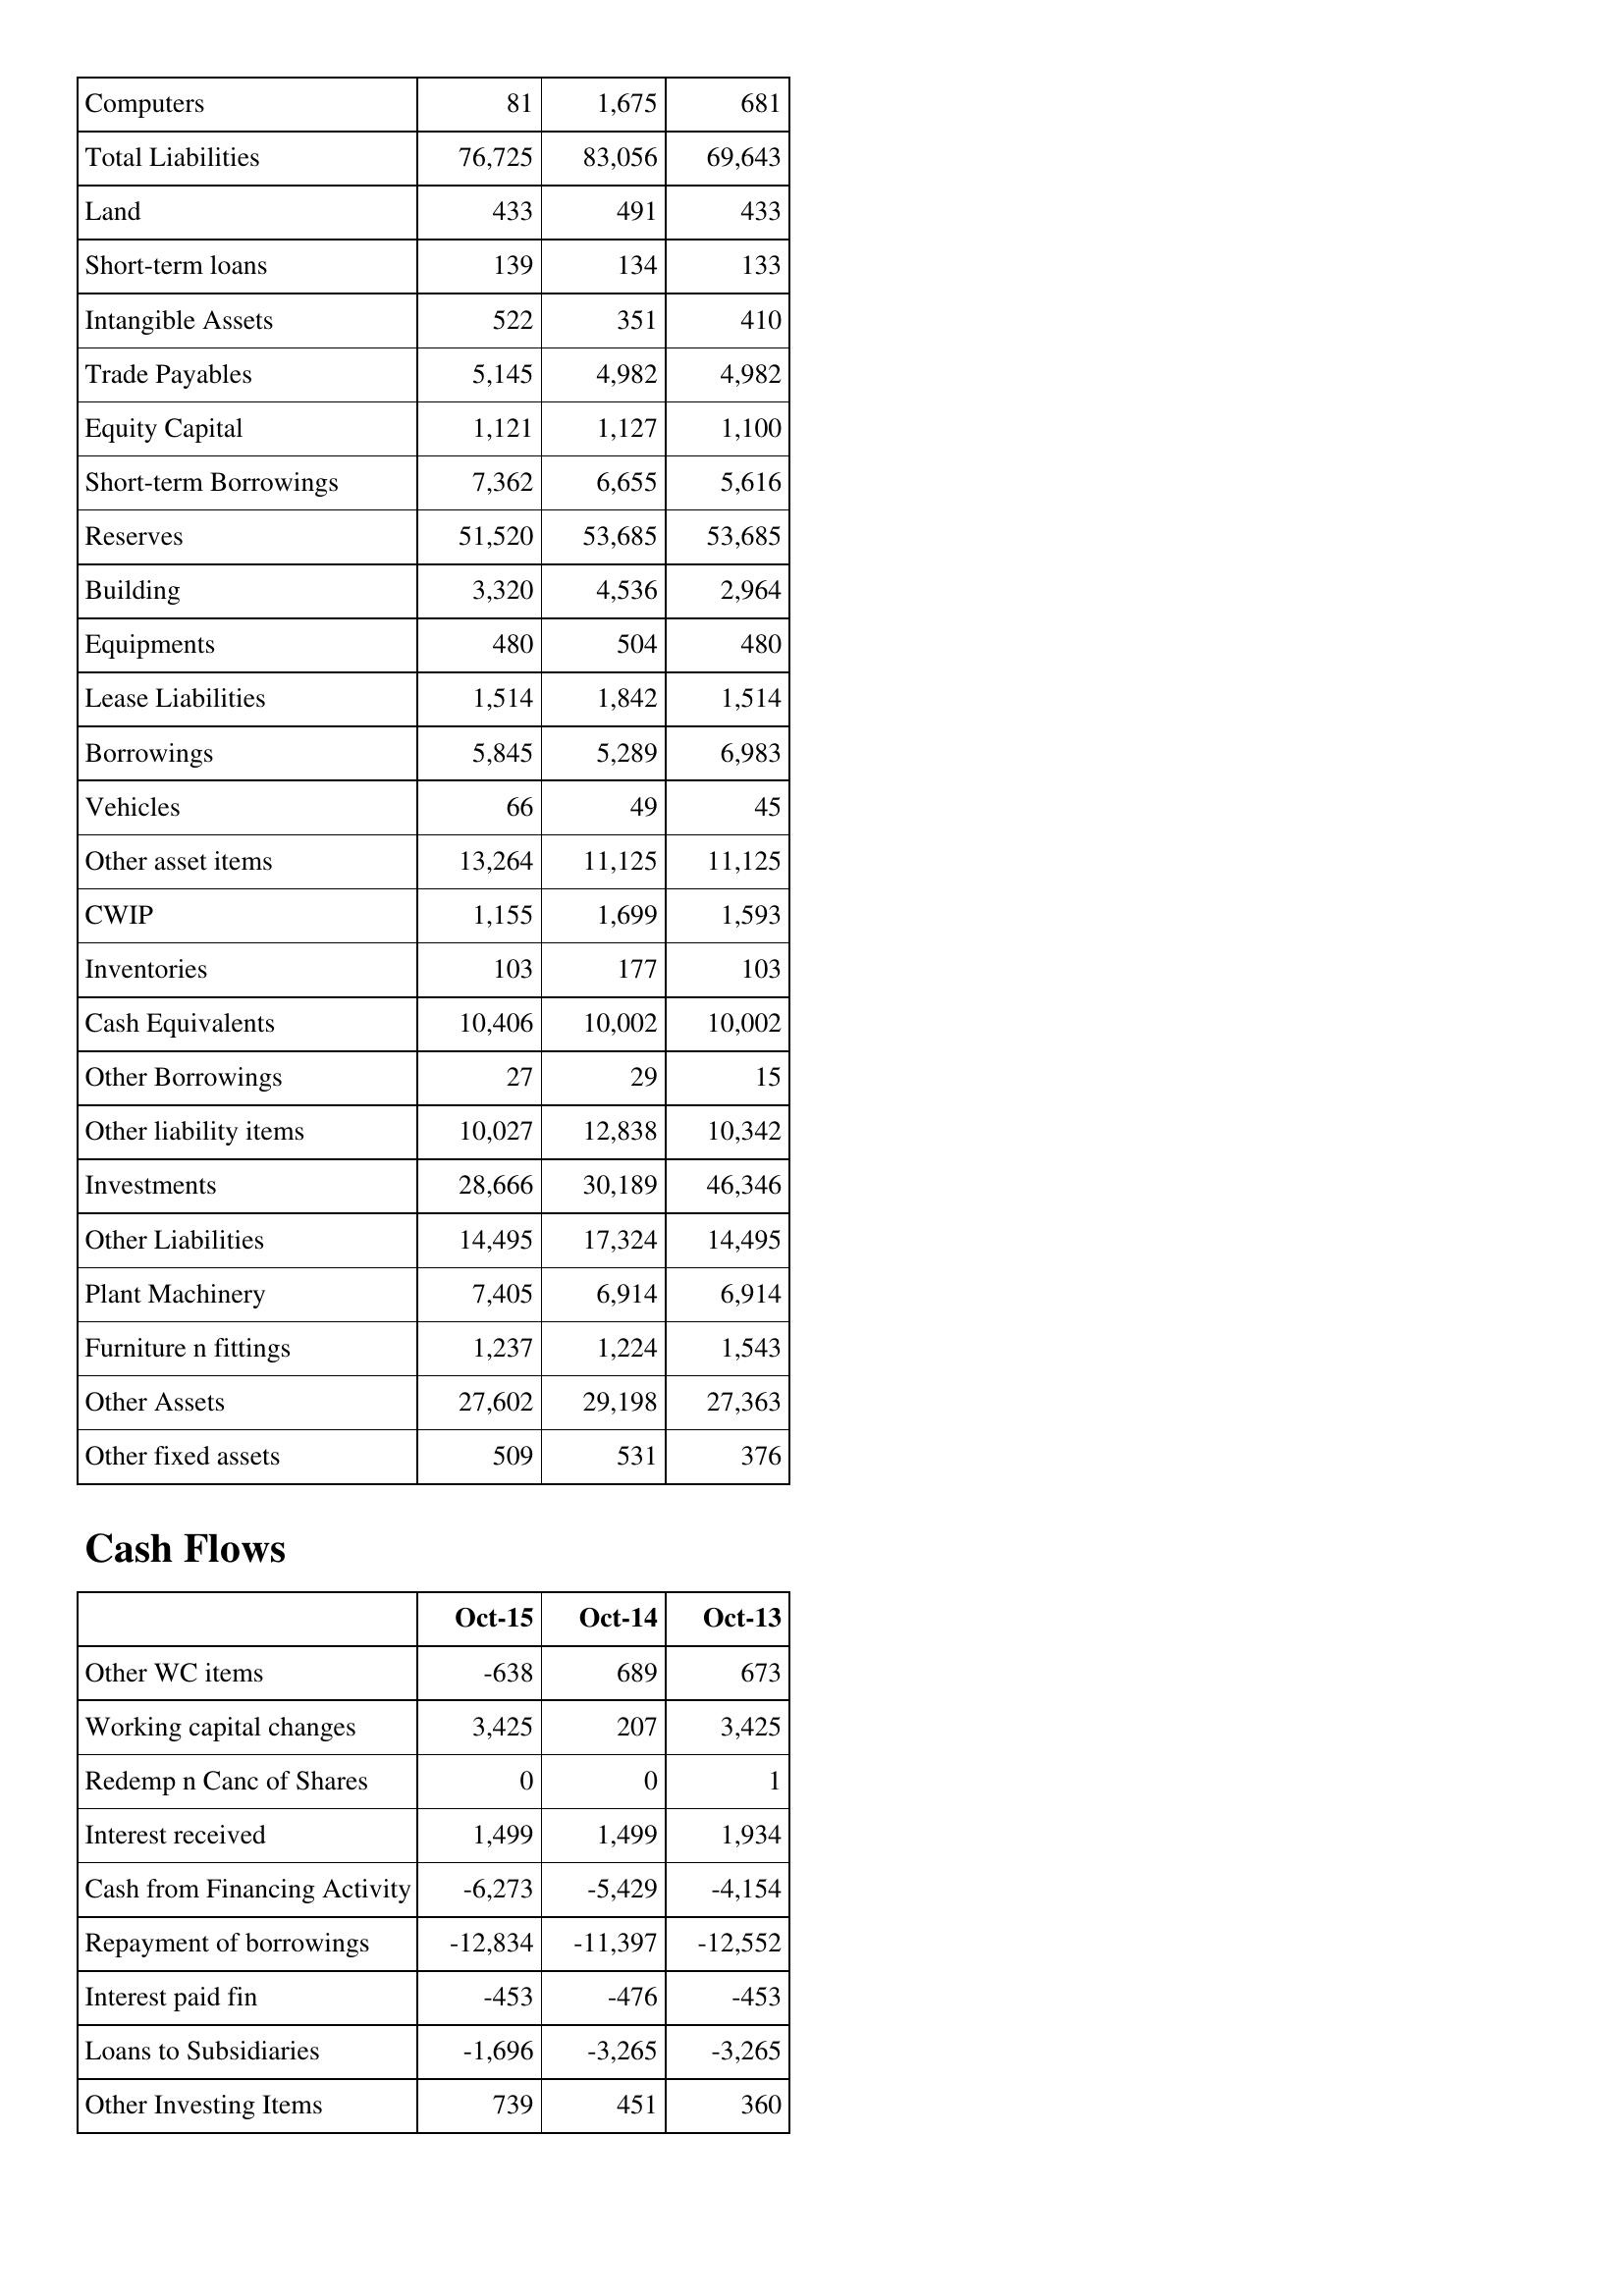
Oct-15: Balance Sheet: Computers: 81
Total Liabilities: 76,725
Land: 433
Short-term loans: 139
Intangible Assets: 522
Trade Payables: 5,145
Equity Capital: 1,121
Short-term Borrowings: 7,362
Reserves: 51,520
Building: 3,320
Equipments: 480
Lease Liabilities: 1,514
Borrowings: 5,845
Vehicles: 66
Other asset items: 13,264
CWIP: 1,155
Inventories: 103
Cash Equivalents: 10,406
Other Borrowings: 27
Other liability items: 10,027
Investments: 28,666
Other Liabilities: 14,495
Plant Machinery: 7,405
Furniture n fittings: 1,237
Other Assets: 27,602
Other fixed assets: 509
Cash Flows: Other WC items: -638
Working capital changes: 3,425
Redemp n Canc of Shares: 0
Interest received: 1,499
Cash from Financing Activity: -6,273
Repayment of borrowings: -12,834
Interest paid fin: -453
Loans to Subsidiaries: -1,696
Other Investing Items: 739
Oct-14: Balance Sheet: Computers: 1,675
Total Liabilities: 83,056
Land: 491
Short-term loans: 134
Intangible Assets: 351
Trade Payables: 4,982
Equity Capital: 1,127
Short-term Borrowings: 6,655
Reserves: 53,685
Building: 4,536
Equipments: 504
Lease Liabilities: 1,842
Borrowings: 5,289
Vehicles: 49
Other asset items: 11,125
CWIP: 1,699
Inventories: 177
Cash Equivalents: 10,002
Other Borrowings: 29
Other liability items: 12,838
Investments: 30,189
Other Liabilities: 17,324
Plant Machinery: 6,914
Furniture n fittings: 1,224
Other Assets: 29,198
Other fixed assets: 531
Cash Flows: Other WC items: 689
Working capital changes: 207
Redemp n Canc of Shares: 0
Interest received: 1,499
Cash from Financing Activity: -5,429
Repayment of borrowings: -11,397
Interest paid fin: -476
Loans to Subsidiaries: -3,265
Other Investing Items: 451
Oct-13: Balance Sheet: Computers: 681
Total Liabilities: 69,643
Land: 433
Short-term loans: 133
Intangible Assets: 410
Trade Payables: 4,982
Equity Capital: 1,100
Short-term Borrowings: 5,616
Reserves: 53,685
Building: 2,964
Equipments: 480
Lease Liabilities: 1,514
Borrowings: 6,983
Vehicles: 45
Other asset items: 11,125
CWIP: 1,593
Inventories: 103
Cash Equivalents: 10,002
Other Borrowings: 15
Other liability items: 10,342
Investments: 46,346
Other Liabilities: 14,495
Plant Machinery: 6,914
Furniture n fittings: 1,543
Other Assets: 27,363
Other fixed assets: 376
Cash Flows: Other WC items: 673
Working capital changes: 3,425
Redemp n Canc of Shares: 1
Interest received: 1,934
Cash from Financing Activity: -4,154
Repayment of borrowings: -12,552
Interest paid fin: -453
Loans to Subsidiaries: -3,265
Other Investing Items: 360